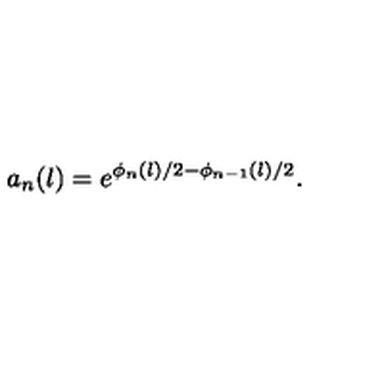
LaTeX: a _ { n } ( l ) = e ^ { \phi _ { n } ( l ) / 2 - \phi _ { n - 1 } ( l ) / 2 } .